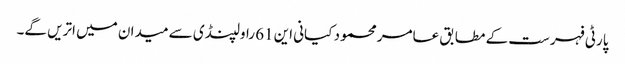
پارٹی فہرست کے مطابق عامر محمود کیانی این 61 راولپنڈی سے میدان میں اتریں گے۔